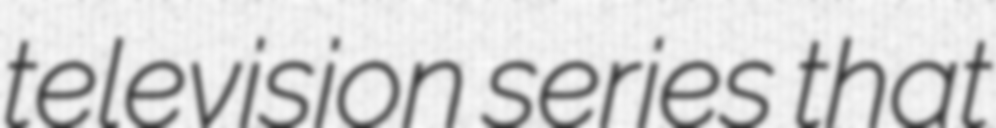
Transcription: television series that